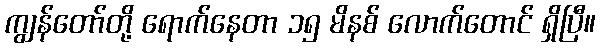
ကျွန်တော်တို့ ရောက်နေတာ ၁၅ မိနစ် လောက်တောင် ရှိပြီ။